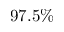
9 7 . 5 \%